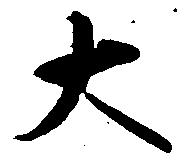
大